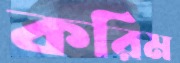
করিম